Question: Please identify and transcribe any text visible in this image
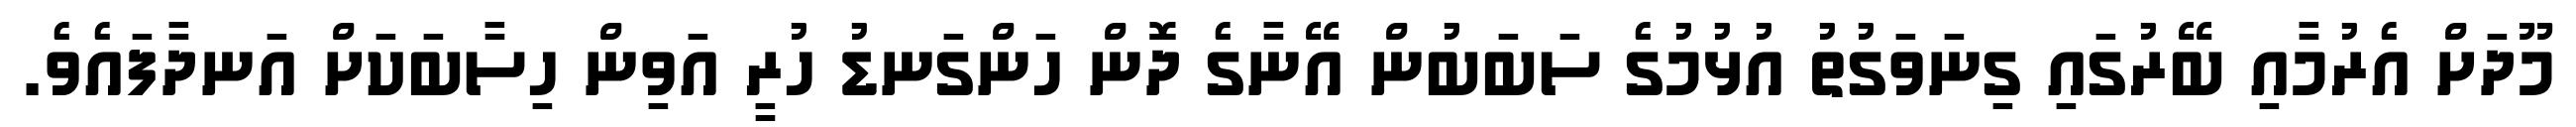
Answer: މޫދަށް އެރުމާއި ބޭރުގައި ގިނަވަގުތު އުޅުމުގެ ސަބަބުން އޭނާގެ ދޮން ހަންގަނޑު ހުރީ އަވިން ހިސާބަކަށް އަނދާފައެވެ.